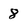
Character: 8